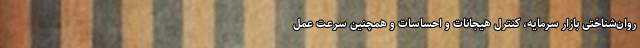
روان‌شناختی بازار سرمایه، کنترل هیجانات و احساسات و همچنین سرعت عمل